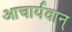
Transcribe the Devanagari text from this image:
आचार्यवान्